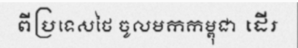
ពីប្រទេសថៃ ចូលមកកម្ពុជា ដើរ